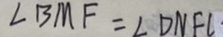
\angle B M F = \angle D N F C